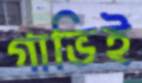
গাভিই